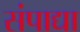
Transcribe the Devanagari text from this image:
संपाद्या